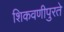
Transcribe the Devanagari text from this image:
शिकवणीपुरते